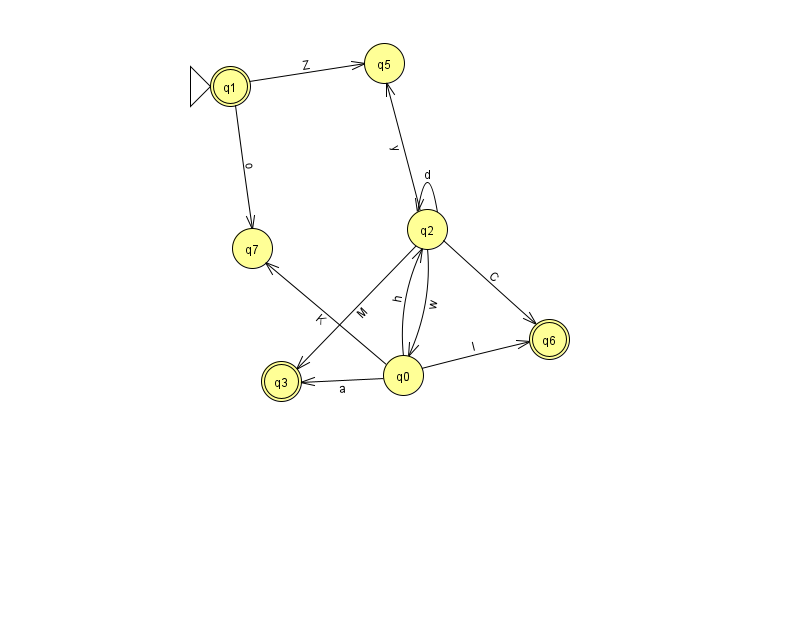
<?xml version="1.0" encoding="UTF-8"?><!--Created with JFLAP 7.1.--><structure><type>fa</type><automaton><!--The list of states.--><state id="0" name="q0"><x>403.0</x><y>362.0</y></state><state id="1" name="q1"><x>230.0</x><y>73.0</y><initial/><final/></state><state id="2" name="q2"><x>427.0</x><y>216.0</y></state><state id="3" name="q3"><x>281.0</x><y>368.0</y><final/></state><state id="5" name="q5"><x>384.0</x><y>50.0</y></state><state id="6" name="q6"><x>549.0</x><y>326.0</y><final/></state><state id="7" name="q7"><x>252.0</x><y>235.0</y></state><!--The list of transitions.--><transition><from>2</from><to>0</to><read>w</read></transition><transition><from>0</from><to>7</to><read>K</read></transition><transition><from>1</from><to>7</to><read>o</read></transition><transition><from>2</from><to>2</to><read>d</read></transition><transition><from>2</from><to>3</to><read>M</read></transition><transition><from>2</from><to>6</to><read>C</read></transition><transition><from>0</from><to>6</to><read>I</read></transition><transition><from>2</from><to>5</to><read>y</read></transition><transition><from>0</from><to>3</to><read>a</read></transition><transition><from>0</from><to>2</to><read>h</read></transition><transition><from>1</from><to>5</to><read>Z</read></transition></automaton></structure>